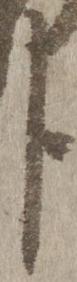
臣